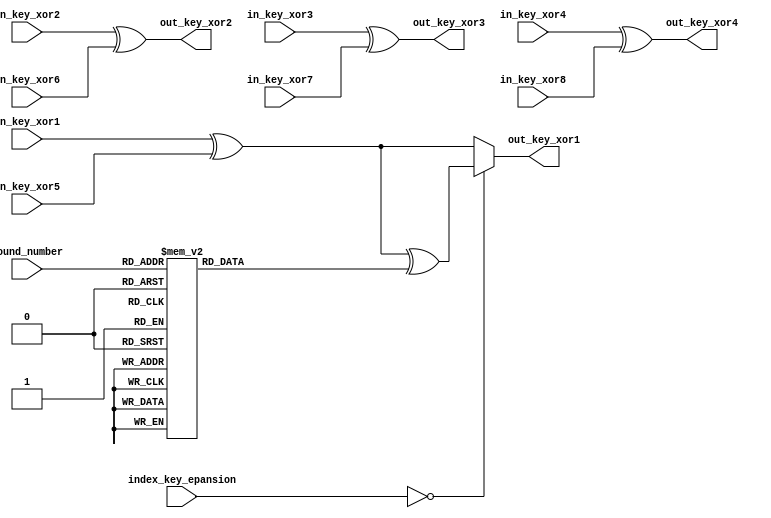
module key_xor (
    output  wire   [7:0]   out_key_xor1, out_key_xor2, out_key_xor3, out_key_xor4,
    input   wire   [7:0]   in_key_xor1, in_key_xor2, in_key_xor3, in_key_xor4,
    input   wire   [7:0]   in_key_xor5, in_key_xor6, in_key_xor7, in_key_xor8,
    input   wire   [3:0]   round_number,
    input   wire   [1:0]   index_key_epansion
);

reg  [7:0]    rcon;
always @(*)
    begin
        case (round_number)
            4'b0000 :  rcon = 8'h01;
            4'b0001 :  rcon = 8'h02;
            4'b0010 :  rcon = 8'h04;
            4'b0011 :  rcon = 8'h08;
            4'b0100 :  rcon = 8'h10;
            4'b0101 :  rcon = 8'h20;
            4'b0110 :  rcon = 8'h40;
            4'b0111 :  rcon = 8'h80;
            4'b1000 :  rcon = 8'h1b;
            4'b1001 :  rcon = 8'h36;
            default :  rcon = 8'h01;
        endcase
    end

assign out_key_xor1 = (index_key_epansion == 2'b00) ? in_key_xor1 ^ in_key_xor5 ^ rcon : in_key_xor1 ^ in_key_xor5;
assign out_key_xor2 = in_key_xor2 ^ in_key_xor6;
assign out_key_xor3 = in_key_xor3 ^ in_key_xor7;
assign out_key_xor4 = in_key_xor4 ^ in_key_xor8;

endmodule